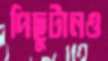
পিছুটানও